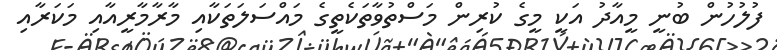
ފުލުހުން ބުނީ މީއާދު އަކީ މީގެ ކުރިން މަސްތުވާތަކެތީގެ މައްސަލަތަކާއި މާރާމާރީއާއި މަކަރާއި